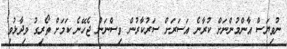
ނުވިޔަސް އާންމުންނަށް ކުރާނެ އަސަރަށް ސަރުކާރުން ވިސްނަން ޖެހޭނެ ކަމަށް ތޯރިގު ވިދާޅުވި